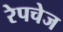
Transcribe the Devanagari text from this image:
रेपचेज